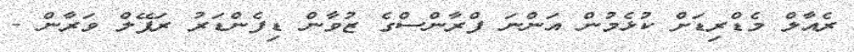
ރެއާލް މެޑްރިޑަށް ކުޅެމުން އަންނަ ފްރާންސްގެ ޒުވާން ޑިފެންޑަރު ރަފޭލް ވަރާން -